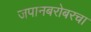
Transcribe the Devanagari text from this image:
जपानबरोबरचा